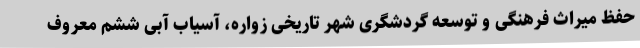
حفظ میراث فرهنگی و توسعه گردشگری شهر تاریخی زواره، آسیاب آبی ششم معروف